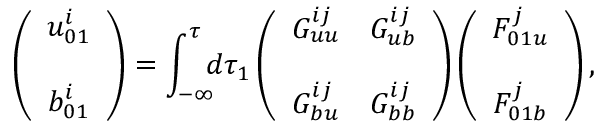
\left( { \begin{array} { c } { u _ { 0 1 } ^ { i } } \\ { b _ { 0 1 } ^ { i } \rule { 0 ex } { 5 ex } } \end{array} } \right) = \int _ { - \infty } ^ { \tau } \! \! \! d \tau _ { 1 } \left( { \begin{array} { c c } { G _ { u u } ^ { i j } } & { G _ { u b } ^ { i j } } \\ { G _ { b u } ^ { i j } } & { G _ { b b } ^ { i j } \rule { 0 ex } { 5 ex } } \end{array} } \right) \left( { \begin{array} { c } { F _ { 0 1 u } ^ { j } } \\ { F _ { 0 1 b } ^ { j } \rule { 0 ex } { 5 ex } } \end{array} } \right) ,